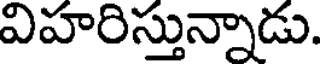
విహరిస్తున్నాడు.